Vaccination United Provinces of Agra and Oudh 1902-1913 - 1902-1913
Year: 1902
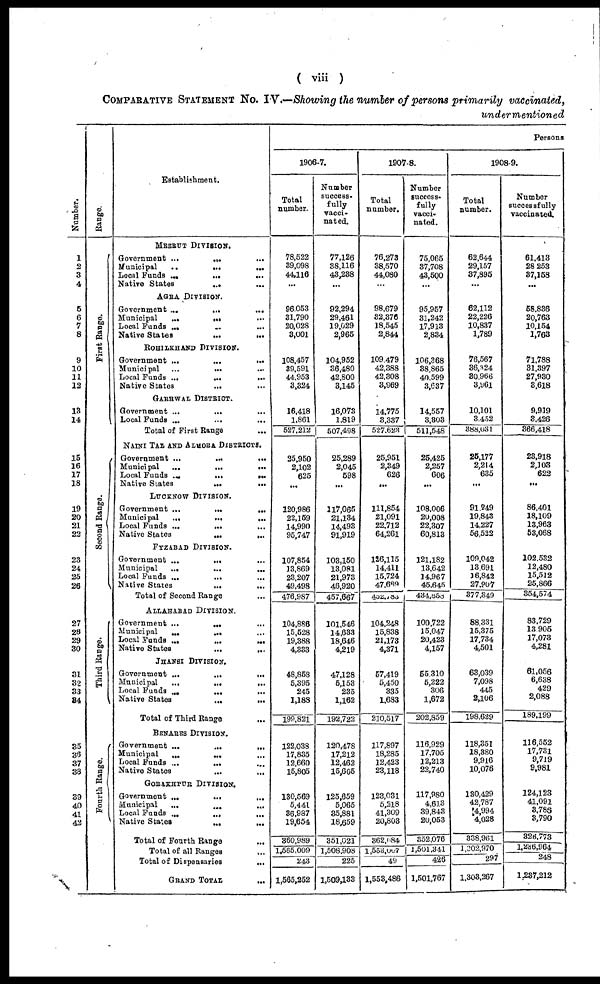
( viii )
COMPARATIVE STATEMENT No. IV.—Showing the number of persons primarily vaccinated,
undermentioned
Number.
1
2
3
4
5
6
7
8
9
10
11
12
13
14
15
16
17
18
19
20
21
22
23
24
25
26
27
28
29
30
31
32
33
34
35
36
37
38
39
40
41
42
Range.
First Range.
Second Range.
Third Range.
Fourth Range.
Establishment.
MEERUT DIVISION.
Government ...
...
...
Municipal ... ... ...
Local Funds
...
...
Native States
... ...
AGRA DIVISION.
Government ...
...
...
Municipal
...
...
...
Local Funds ... ... ...
Native States ... ...
ROHILKHAND DIVISION.
Government ...
...
...
Municipal
...
... ...
Local Funds ...
...
...
Native States
...
...
GARHWAL DISTRICT.
Government ...
... ...
Local Funds ... ... ...
Total of First Range ...
NAINI TAL AND ALMORA DISTRICTS.
Government ...
...
...
Municipal
...
...
...
Local Funds ...
...
...
Native States ... ...
LUCKNOW DIVISION.
Government ...
...
...
Municipal
...
...
...
Local Funds ...
...
...
Native States
...
...
FYZABAD DIVISION.
Government ...
... ...
Municipal
...
... ...
Local Funds ... ... ...
Native States ... ...
Total of Second Range ...
ALLAHABAD DIVISION.
Government ...
...
...
Municipal ... ...
Local Funds ...
...
...
Native States
...
...
JHANSI DIVISION.
Government ...
...
...
Municipal
...
...
...
Local Funds
...
...
...
Native States
...
...
Total of Third Range ...
BENARES DIVISION.
Government ...
...
...
Municipal ... ... ...
Local Funds ... ... ...
Native States
...
...
GORAKHPUR DIVISION.
Government
...
... ...
Municipal ... ... ...
Local Funds ... ... ...
Native States
...
...
Total of Fourth Range ...
Total of all Ranges ...
Total of Dispensaries
...
GRAND TOTAL ...
Persons
1906-7.
Total
number.
78,522
39,098
44,116
...
96,053
31,790
20,028
3,001
108,457
39,591
44,953
3,324
16,418
1,861
527,212
25,950
2,102
625
...
120,986
22,159
14,990
95,747
107,854
13,869
23,207
49,498
476,987
104 886
15,528
19,388
4,333
48,858
5,395
245
1,188
199,821
122,038
17,835
12,660
15,805
130,569
5,441
36,987
19,654
360,989
1,565,009
243
1,565,252
Number
success-
fully
vacci-
nated.
77,126
38,116
43,238
...
92,294
29,461
19,029
2,965
104,952
36,480
42,800
3,145
16,073
1,819
507,498
25,289
2,045
598
...
117,065
21,134
14,493
91,919
103,150
13,081
21,973
46,920
457,667
101,546
14,633
18,646
4,219
47,128
5,153
235
1,162
192,722
120,478
17,212
12,462
15,605
125,659
5,065
35,881
18,659
351,021
1,508,908
225
1,509,133
1907-8.
Total
number.
76,273
38,570
44,080
...
98,679
32,376
18,545
2,844
109,479
42,388
42,308
3,969
14,775
3,337
527,623
25,951
2,349
626
...
111,854
21,091
22,712
64,261
126,115
14,411
15,724
47,689
452,783
104,248
15,838
21,173
4,371
57,419
5,450
335
1,683
210,517
117,897
18,285
12,423
23,118
123,031
5,218
41,309
20,803
362,084
l,553,007
49
1,553,486
Number
success¬
fully
vacci-
nated.
75,065
37,708
43,500
...
95,957
31,242
17,913
2,834
106,368
38,865
40,599
3,637
14,557
3,803
511,548
25,425
2,257
606
...
108,006
20,008
22,307
60,813
121,182
13,642
14,967
45,645
434,858
100,722
15,047
20,423
4,157
55,310
5,222
306
1,672
202,859
116,929
17,705
12,213
22,740
117,980
4,613
39,843
20,053
352,076
1,501,341
426
1,501,767
1908-9.
Total
number.
62,644
29,157
37,895
...
62,112
22,226
10,837
1,789
76,567
36,324
30,966
3,961
10,101
3,452
388,031
25,177
2,214
635
...
91,249
19,843
14,227
56,522
109,042
13,691
16,842
27,907
377,349
88,331
15,375
17,734
4,501
63,039
7,098
445
2,106
198,629
118,351
18,380
9,916
10,076
130,429
42,787
4,994
4,028
338,961
1,302,970
297
1,303,267
Number
successfully
vaccinated.
61,413
28,253
37,158
...
58,836
20,763
10,154
1,763
71,788
31,397
27,930
3,618
9,919
3,426
366,418
23,918
2,103
622
...
86,401
18,109
13,963
53,068
102,532
12,480
15,512
25,866
354,574
83,729
13,905
17,073
4,281
.
81,056
6,638
429
2,088
189,199
116,552
17,731
9,719
9,981
124,123
41,091
3,788
3,790
325,773
1,236,964
248
1,237,212